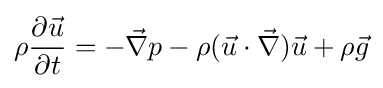
\rho {\frac {\partial {\vec {u}}}{\partial t}}=-{\vec {\nabla }}p-\rho ({\vec {u}}\cdot {\vec {\nabla }}){\vec {u}}+\rho {\vec {g}}